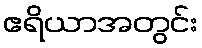
ဧရိယာအတွင်း